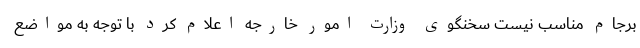
برجام مناسب نیست سخنگوی وزارت امور خارجه اعلام کرد با توجه به مواضع